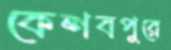
কেশবপুরে